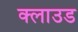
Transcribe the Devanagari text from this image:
क्‍लाउड